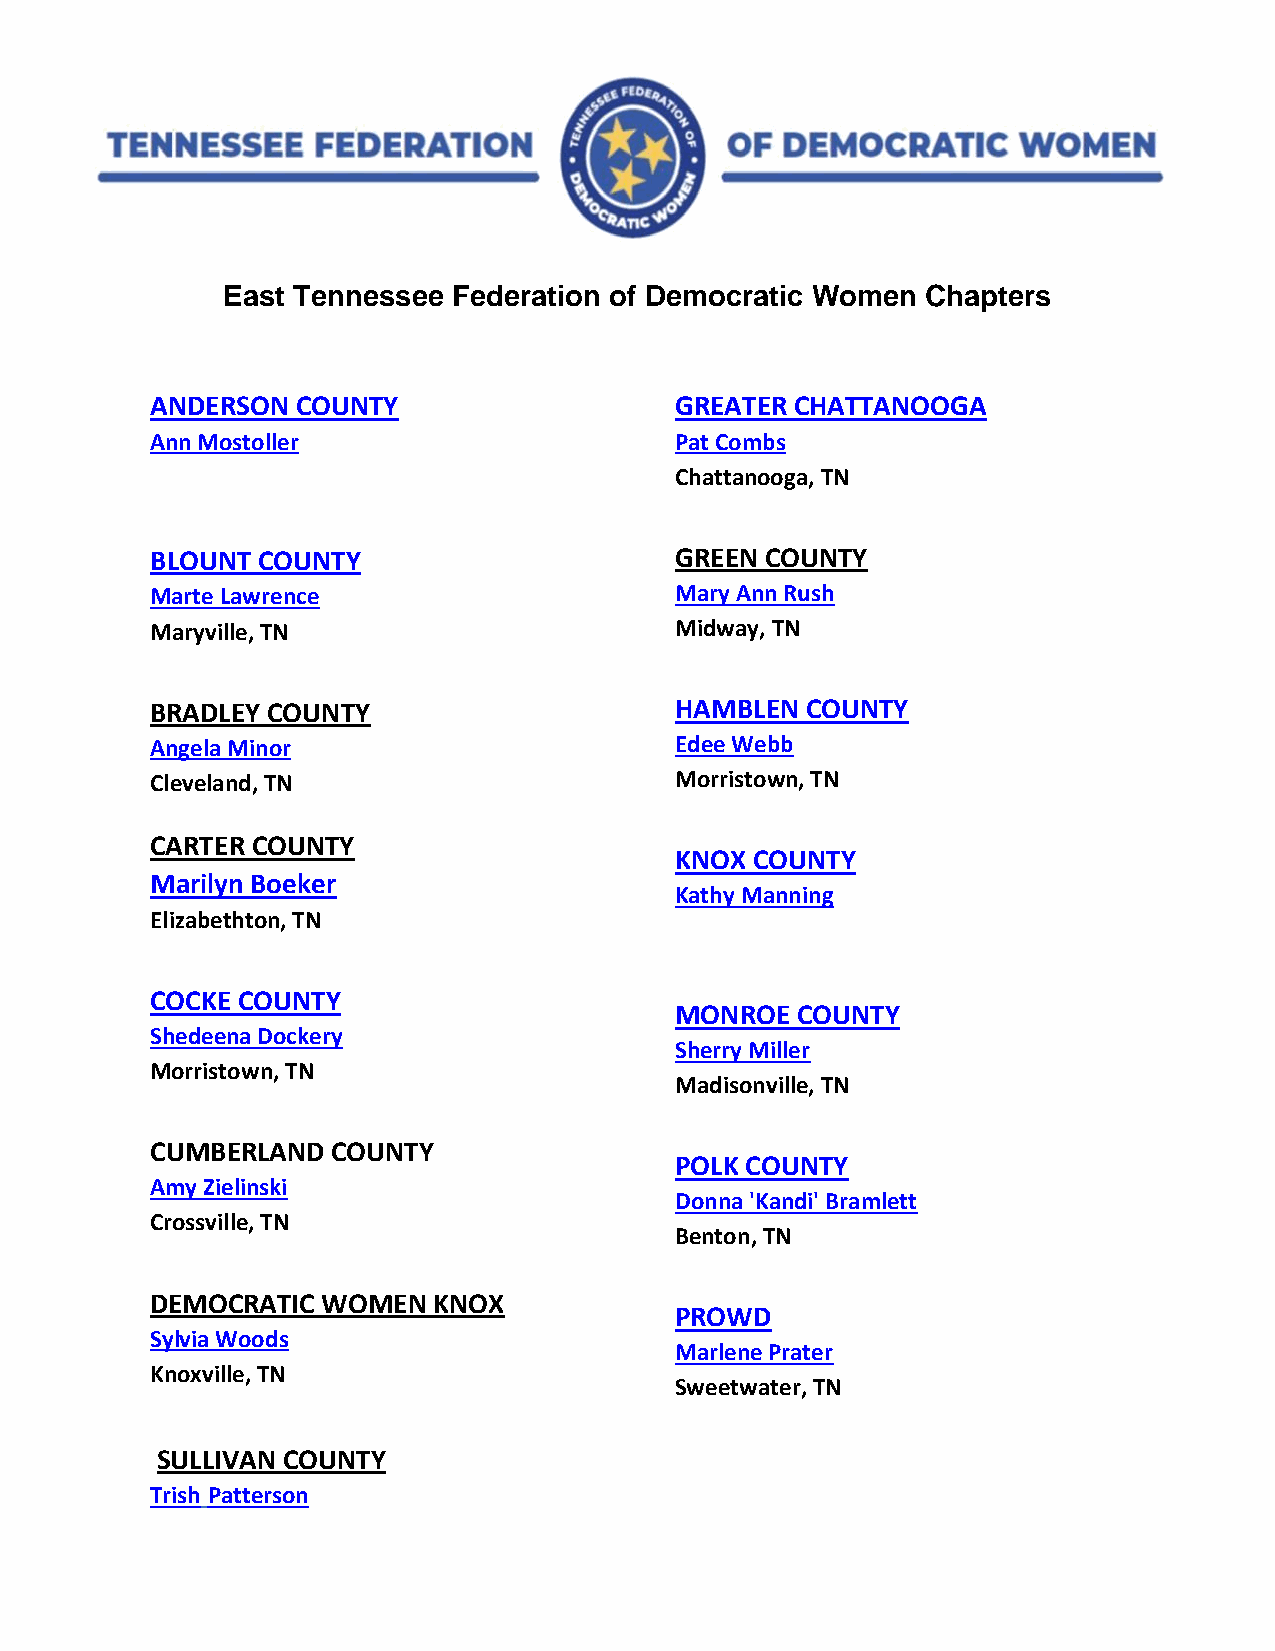
East Tennessee Federation of Democratic Women Chapters
 ANDERSON  COUNTY                   GREATER CHATTANOOGA
 Ann Mostoller                      Pat Combs
 Chattanooga, TN
 BLOUNT COUNTY                      GREEN COUNTY
 Marte Lawrence                     Mary Ann Rush
 Maryville, TN                      Midway, TN
 BRADLEY COUNTY                     HAMBLEN COUNTY
 Angela Minor                       Edee Webb
 Cleveland, TN                      Morristown, TN
 CARTER COUNTY
 KNOX COUNTY
 Marilyn Boeker
 Kathy Manning
 Elizabethton, TN
 COCKE COUNTY
 MONROE  COUNTY
 Shedeena Dockery
 Sherry Miller
 Morristown, TN
 Madisonville, TN
 CUMBERLAND  COUNTY
 POLK COUNTY
 Amy Zielinski
 Donna 'Kandi' Bramlett
 Crossville, TN
 Benton, TN
 DEMOCRATIC WOMEN   KNOX
 PROWD
 Sylvia Woods
 Marlene Prater
 Knoxville, TN
 Sweetwater, TN
 SULLIVAN COUNTY
 Trish Patterson